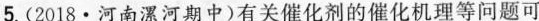
5.(2018·河南漯河期中)有关催化剂的催化机理等问题可